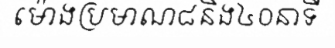
ម៉ោងប្រមាណ៨និង៤០នាទី